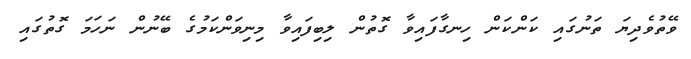
ވޭތުވެދިޔަ ތަނުގައި ކަންކަން ހިނގާފައިވާ ގޮތުން ލިބިފައިވާ މިނިވަންކަމުގެ ބޭނުން ނަހަމަ ގޮތުގައި